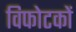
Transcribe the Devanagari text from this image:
विफोटकों